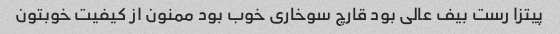
پیتزا رست بیف عالی بود قارچ سوخاری خوب بود ممنون از کیفیت خوبتون